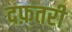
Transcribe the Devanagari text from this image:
दफ़तरी